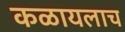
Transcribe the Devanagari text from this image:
कळायलाच